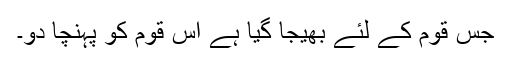
جس قوم کے لئے بھیجا گیا ہے اس قوم کو پہنچا دو۔